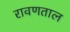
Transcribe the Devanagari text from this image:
रावणताल